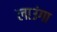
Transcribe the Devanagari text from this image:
लाउंगा